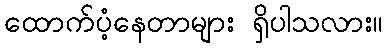
ထောက်ပံ့နေတာများ ရှိပါသလား။